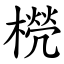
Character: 橩